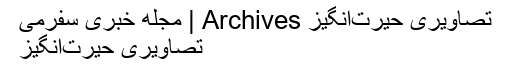
تصاویری حیرت‌انگیز Archives | مجله خبری سفرمی
تصاویری حیرت‌انگیز